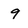
Character: 9